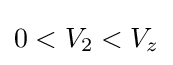
0<V_{2}<V_{z}